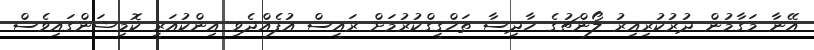
އޭނާ މަގާމުން ދުރުކުރިއިރު ލޯންޗުގެ ހާދިސާ ތަހްގީގްކުރުމަށް ރައީސް އުފެއްދެވި އިންކުއަރީ ކޮމިޝަންގައިވެސް